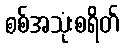
စစ်အသုံးစရိတ်